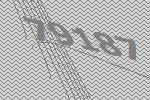
79187